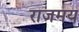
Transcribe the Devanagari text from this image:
राजमय